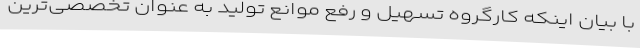
با بیان اینکه کارگروه تسهیل و رفع موانع تولید به عنوان تخصصی‌ترین